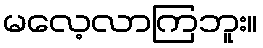
မလေ့လာကြဘူး။